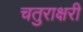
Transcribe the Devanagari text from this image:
चतुराक्षरी